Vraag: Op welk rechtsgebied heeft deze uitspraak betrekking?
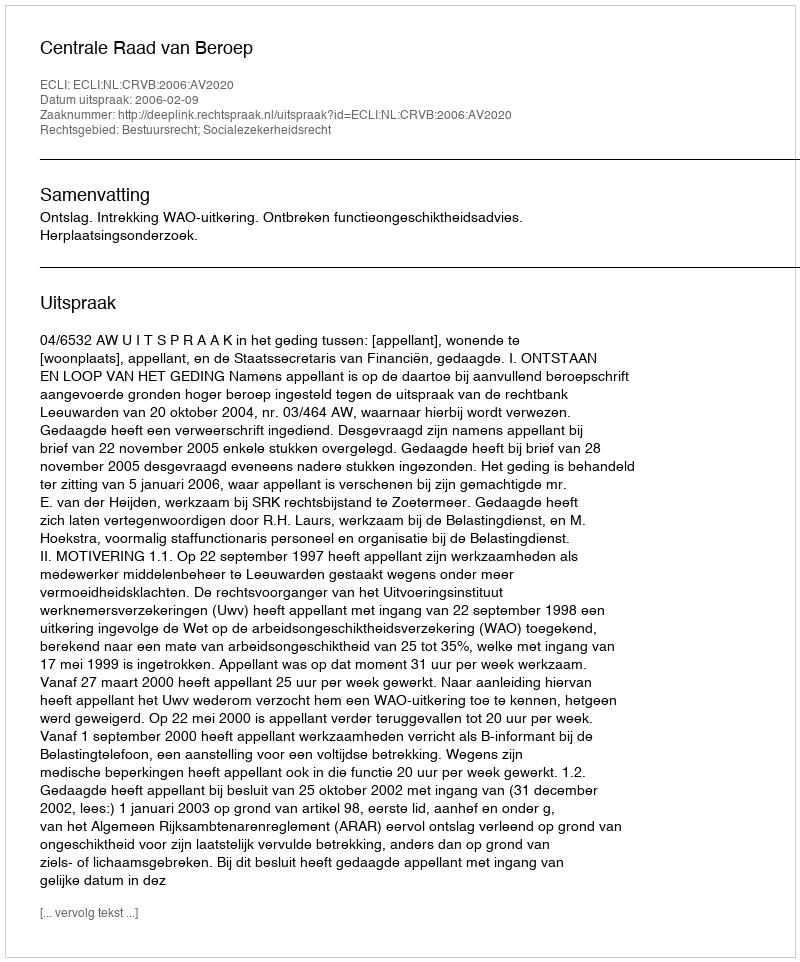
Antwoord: Bestuursrecht; Socialezekerheidsrecht